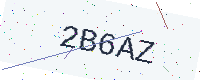
Text: 2B6AZ